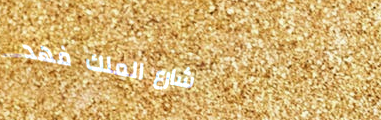
شارع الملك فهد